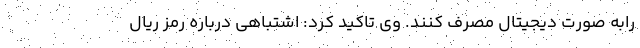
رابه صورت دیجیتال مصرف کنند. وی تاکید کرد: اشتباهی درباره رمز ریال